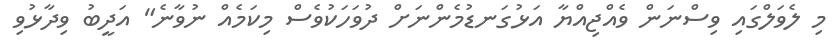
މި ލެވަލްގައި ވިސްނަން ވެއްޖިއްޔާ އަޅުގަނޑުމެންނަށް ދުވަހަކުވެސް މިކަމެއް ނުވާނެ" އަދީބު ވިދާޅުވި